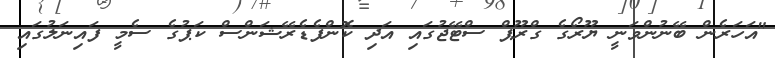
"އަހަރެން ބޭނުންވަނީ ޔޫރޯގެ ގްރޫޕް ސްޓޭޖުގައި އަދި ކޮންފެޑެރޭޝަންސް ކަޕުގެ ސެމީ ފައިނަލުގައި